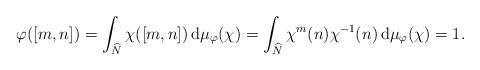
LaTeX: \begin{align*} \varphi([m,n])= \int_{\widehat{N}}\chi([m,n])\, \mathrm{d}\mu_\varphi(\chi)=\int_{\widehat{N}}\chi^m(n)\chi^{-1}(n)\, \mathrm{d}\mu_\varphi(\chi)=1.\end{align*}